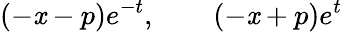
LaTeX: (-\mathit{x}-p)e^{-t},\qquad(-\mathit{x}+p)e^{t}